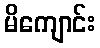
မိကျောင်း